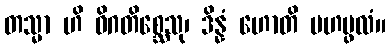
တသ္မာ ဟိ ဝိဂတိစ္ဆေသု၊ ဒိန္နံ ဟောတိ မဟပ္ဖလံ။